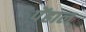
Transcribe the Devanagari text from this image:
पेंहाल